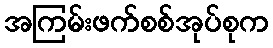
အကြမ်းဖက်စစ်အုပ်စုက